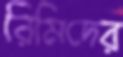
রিমিদের